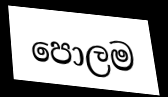
පොලම